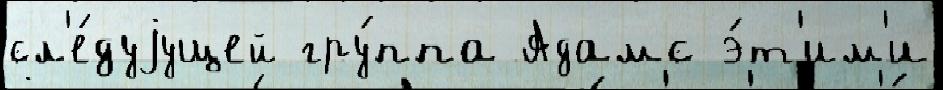
сл'е́дуjущей гру́ппа Адамс э́т'им'и